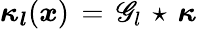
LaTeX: \boldsymbol{\kappa_{l}}(\boldsymbol{x})\, =\, \mathscr{G}_{l}\, \star\, \boldsymbol{\kappa}